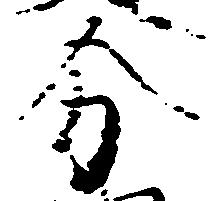
分